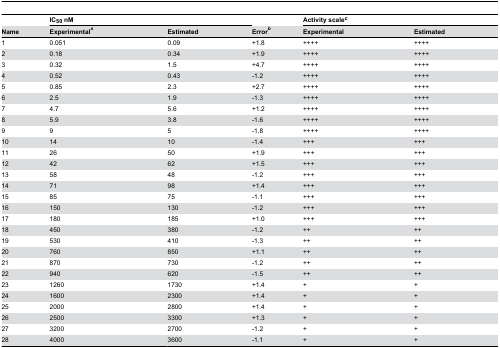
<table><thead><tr><td></td><td colspan="2"><b>IC<sub>50</sub> nM</b></td><td></td><td colspan="2"><b>Activity scale<sup><i>c</i></sup></b></td></tr><tr><td><b>Name</b></td><td><b>Experimental<sup><i>a</i></sup></b></td><td><b>Estimated </b></td><td><b>Error<sup><i>b</i></sup></b></td><td><b>Experimental</b></td><td><b>Estimated </b></td></tr></thead><tbody><tr><td>1</td><td>0.051</td><td>0.09</td><td>+1.8 </td><td>++++</td><td>++++</td></tr><tr><td>2</td><td>0.18</td><td>0.34</td><td>+1.9 </td><td>++++</td><td>++++</td></tr><tr><td>3</td><td>0.32</td><td>1.5</td><td>+4.7 </td><td>++++</td><td>++++</td></tr><tr><td>4</td><td>0.52</td><td>0.43</td><td>-1.2 </td><td>++++</td><td>++++</td></tr><tr><td>5</td><td>0.85</td><td>2.3</td><td>+2.7 </td><td>++++</td><td>++++</td></tr><tr><td>6</td><td>2.5</td><td>1.9</td><td>-1.3 </td><td>++++</td><td>++++</td></tr><tr><td>7</td><td>4.7</td><td>5.6</td><td>+1.2 </td><td>++++</td><td>++++</td></tr><tr><td>8</td><td>5.9</td><td>3.8</td><td>-1.6 </td><td>++++</td><td>++++</td></tr><tr><td>9</td><td>9</td><td>5</td><td>-1.8 </td><td>++++</td><td>++++</td></tr><tr><td>10</td><td>14</td><td>10</td><td>-1.4 </td><td>+++</td><td>+++</td></tr><tr><td>11</td><td>26</td><td>50</td><td>+1.9 </td><td>+++</td><td>+++</td></tr><tr><td>12</td><td>42</td><td>62</td><td>+1.5 </td><td>+++</td><td>+++</td></tr><tr><td>13</td><td>58</td><td>48</td><td>-1.2 </td><td>+++</td><td>+++</td></tr><tr><td>14</td><td>71</td><td>98</td><td>+1.4 </td><td>+++</td><td>+++</td></tr><tr><td>15</td><td>85</td><td>75</td><td>-1.1 </td><td>+++</td><td>+++</td></tr><tr><td>16</td><td>150</td><td>130</td><td>-1.2 </td><td>+++</td><td>+++</td></tr><tr><td>17</td><td>180</td><td>185</td><td>+1.0 </td><td>+++</td><td>+++</td></tr><tr><td>18</td><td>450</td><td>380</td><td>-1.2 </td><td>++</td><td>++</td></tr><tr><td>19</td><td>530</td><td>410</td><td>-1.3 </td><td>++</td><td>++</td></tr><tr><td>20</td><td>760</td><td>850</td><td>+1.1 </td><td>++</td><td>++</td></tr><tr><td>21</td><td>870</td><td>730</td><td>-1.2 </td><td>++</td><td>++</td></tr><tr><td>22</td><td>940</td><td>620</td><td>-1.5 </td><td>++</td><td>++</td></tr><tr><td>23</td><td>1260</td><td>1730</td><td>+1.4 </td><td>+</td><td>+</td></tr><tr><td>24</td><td>1600</td><td>2300</td><td>+1.4 </td><td>+</td><td>+</td></tr><tr><td>25</td><td>2000</td><td>2800</td><td>+1.4 </td><td>+</td><td>+</td></tr><tr><td>26</td><td>2500</td><td>3300</td><td>+1.3 </td><td>+</td><td>+</td></tr><tr><td>27</td><td>3200</td><td>2700</td><td>-1.2 </td><td>+</td><td>+</td></tr><tr><td>28</td><td>4000</td><td>3600</td><td>-1.1 </td><td>+</td><td>+</td></tr></tbody></table>